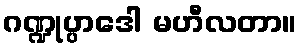
ဂဏ္ဍုပ္ပာဒေါ မဟီလတာ။